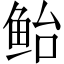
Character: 鲐